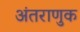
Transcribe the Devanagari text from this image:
अंतराणुक